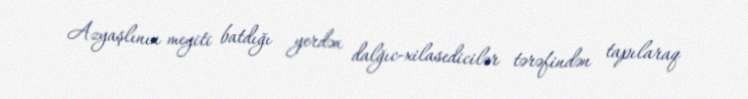
Azyaşlının meyiti batdığı yerdən dalğıc-xilasedicilər tərəfindən tapılaraq